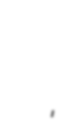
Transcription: Πανηλειακός Α.Ο